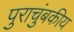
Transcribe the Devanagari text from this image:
पुराचुंबकीय